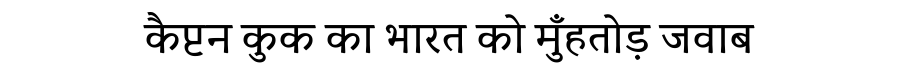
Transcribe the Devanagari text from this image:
कैप्टन कुक का भारत को मुँहतोड़ जवाब